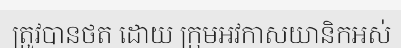
ត្រូវបានថត ដោយ ក្រុមអវកាសយានិកអស់